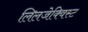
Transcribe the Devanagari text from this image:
लिलजेक्विस्ट